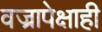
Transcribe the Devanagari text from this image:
वज्रापेक्षाही